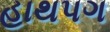
હાથપગ